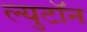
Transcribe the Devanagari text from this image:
ल्युटॉन